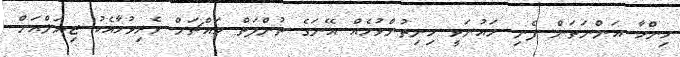
މިންހާ އަންނަތަން ފެނި މައުނަވީ ހިނިތުންވުމެެއް އޭނަގެ ތުންފަތް މައްޗަށް ވެރިވުމާއެކު ޒިޔަލްއަށް